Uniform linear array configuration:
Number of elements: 8
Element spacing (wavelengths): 1
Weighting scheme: hamming
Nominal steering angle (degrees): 0
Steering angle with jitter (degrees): -1.379
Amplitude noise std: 0.05
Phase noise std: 0.05

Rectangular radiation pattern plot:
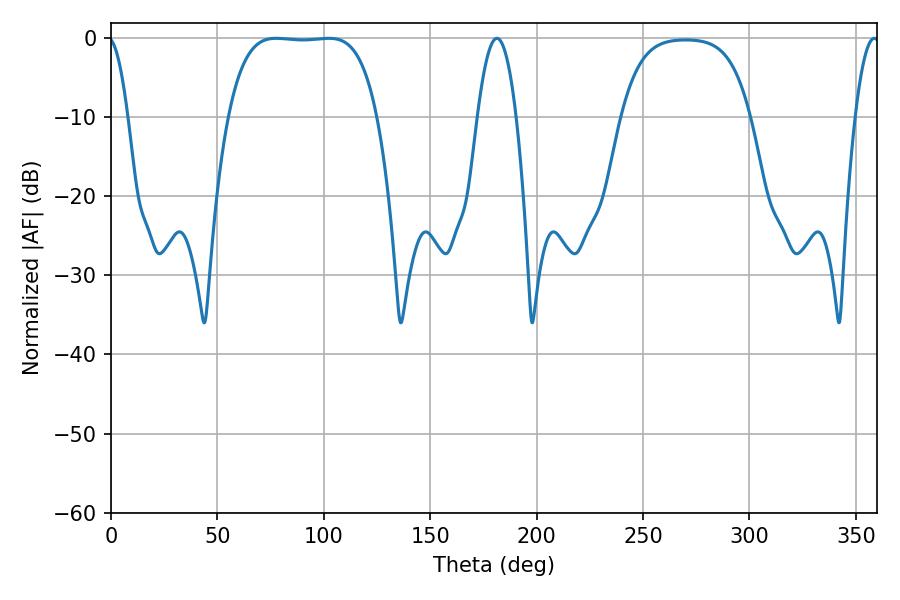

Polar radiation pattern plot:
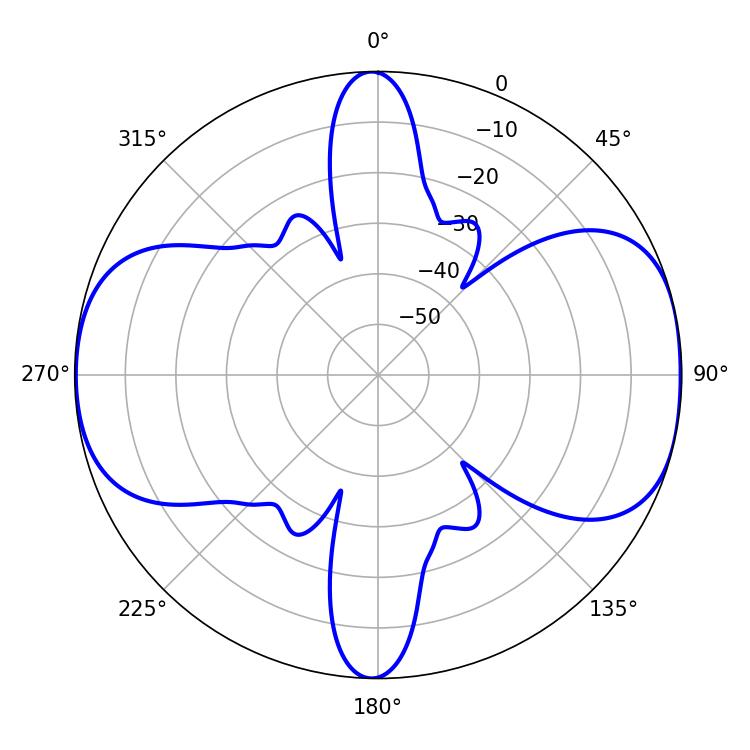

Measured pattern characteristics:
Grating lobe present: TRUE
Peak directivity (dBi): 9.788
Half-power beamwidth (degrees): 54.36
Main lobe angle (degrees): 77.58